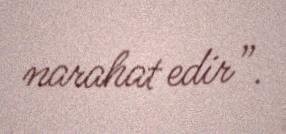
narahat edir”.